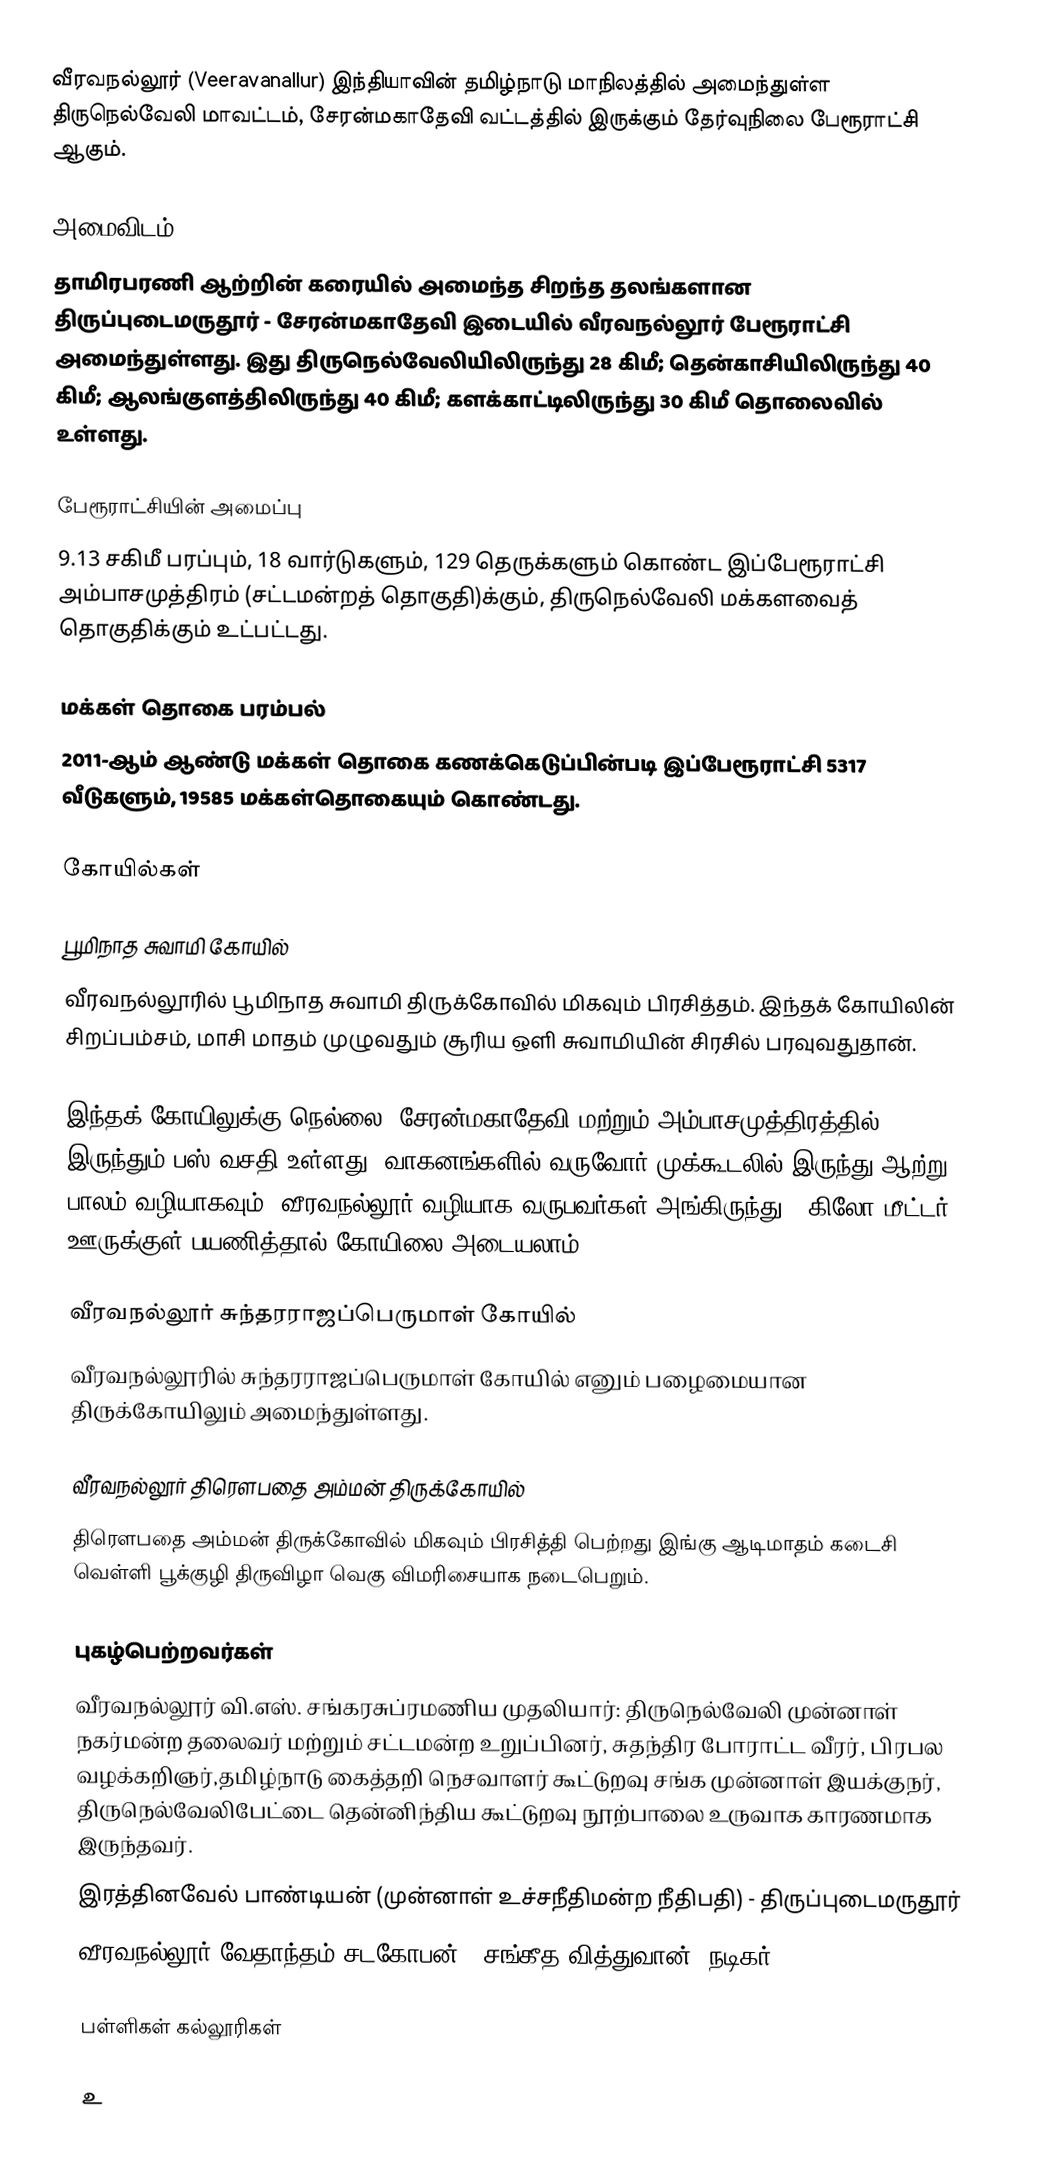
வீரவநல்லூர்  (Veeravanallur)  இந்தியாவின் தமிழ்நாடு மாநிலத்தில் அமைந்துள்ள திருநெல்வேலி மாவட்டம், சேரன்மகாதேவி  வட்டத்தில் இருக்கும் தேர்வுநிலை பேரூராட்சி ஆகும்.

அமைவிடம்
தாமிரபரணி ஆற்றின்  கரையில் அமைந்த சிறந்த தலங்களான திருப்புடைமருதூர் - சேரன்மகாதேவி இடையில் வீரவநல்லூர் பேரூராட்சி அமைந்துள்ளது.  இது திருநெல்வேலியிலிருந்து 28 கிமீ; தென்காசியிலிருந்து 40 கிமீ; ஆலங்குளத்திலிருந்து 40 கிமீ; களக்காட்டிலிருந்து 30 கிமீ தொலைவில் உள்ளது.

பேரூராட்சியின் அமைப்பு
9.13 சகிமீ பரப்பும், 18  வார்டுகளும், 129 தெருக்களும் கொண்ட இப்பேரூராட்சி  அம்பாசமுத்திரம் (சட்டமன்றத் தொகுதி)க்கும், திருநெல்வேலி மக்களவைத் தொகுதிக்கும் உட்பட்டது.

மக்கள் தொகை பரம்பல்
2011-ஆம் ஆண்டு மக்கள் தொகை கணக்கெடுப்பின்படி  இப்பேரூராட்சி                          5317 வீடுகளும், 19585 மக்கள்தொகையும் கொண்டது.

கோயில்கள்

பூமிநாத சுவாமி கோயில்
வீரவநல்லூரில் பூமிநாத சுவாமி திருக்கோவில் மிகவும் பிரசித்தம். இந்தக் கோயிலின் சிறப்பம்சம், மாசி மாதம் முழுவதும் சூரிய ஒளி சுவாமியின் சிரசில் பரவுவதுதான்.

இந்தக் கோயிலுக்கு நெல்லை, சேரன்மகாதேவி மற்றும் அம்பாசமுத்திரத்தில் இருந்தும் பஸ் வசதி உள்ளது. வாகனங்களில் வருவோர் முக்கூடலில் இருந்து ஆற்று பாலம் வழியாகவும், வீரவநல்லூர் வழியாக வருபவர்கள் அங்கிருந்து 1 கிலோ மீட்டர் ஊருக்குள் பயணித்தால் கோயிலை அடையலாம்.

வீரவநல்லூர் சுந்தரராஜப்பெருமாள் கோயில்
வீரவநல்லூரில் சுந்தரராஜப்பெருமாள் கோயில் எனும் பழைமையான திருக்கோயிலும் அமைந்துள்ளது.

வீரவநல்லூர்  திரௌபதை அம்மன்  திருக்கோயில்
திரௌபதை அம்மன்  திருக்கோவில் மிகவும்  பிரசித்தி பெற்றது  இங்கு  ஆடிமாதம்  கடைசி  வெள்ளி   பூக்குழி திருவிழா  வெகு விமரிசையாக  நடைபெறும்.

புகழ்பெற்றவர்கள்
 வீரவநல்லூர் வி.எஸ். சங்கரசுப்ரமணிய முதலியார்: திருநெல்வேலி முன்னாள் நகர்மன்ற தலைவர் மற்றும் சட்டமன்ற உறுப்பினர், சுதந்திர போராட்ட வீரர், பிரபல வழக்கறிஞர்,தமிழ்நாடு கைத்தறி நெசவாளர் கூட்டுறவு சங்க முன்னாள் இயக்குநர், திருநெல்வேலிபேட்டை தென்னிந்திய கூட்டுறவு நூற்பாலை  உருவாக காரணமாக இருந்தவர்.
 இரத்தினவேல் பாண்டியன் (முன்னாள் உச்சநீதிமன்ற நீதிபதி) - திருப்புடைமருதூர்
 வீரவநல்லூர் வேதாந்தம் சடகோபன் - சங்கீத வித்துவான், நடிகர்

பள்ளிகள் கல்லூரிகள்

உ